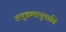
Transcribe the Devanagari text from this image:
अनुक्रमानुपाति